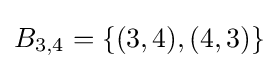
B_{3,4}=\{(3,4),(4,3)\}